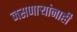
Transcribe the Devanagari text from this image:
नसणार्‍यांनाही